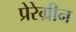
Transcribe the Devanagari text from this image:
प्रेरेग्रीन